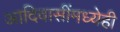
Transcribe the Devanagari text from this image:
आदिवासींमध्येही